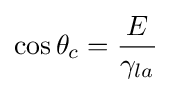
\cos \theta _{c}={\frac {E}{\gamma _{la}}}